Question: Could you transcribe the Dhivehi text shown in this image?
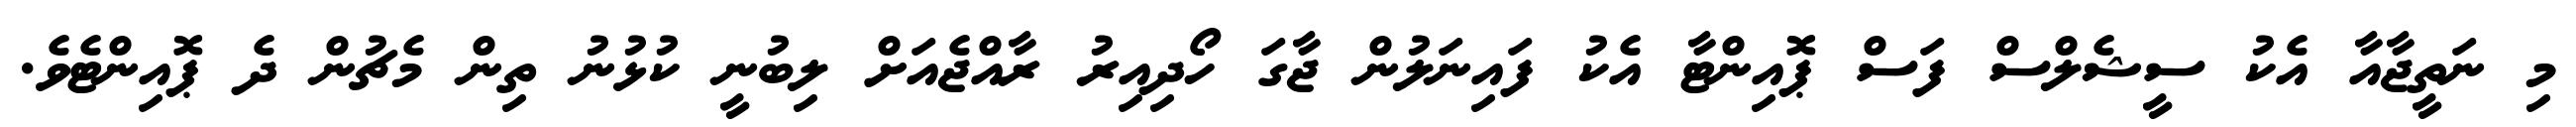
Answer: މި ނަތީޖާއާ އެކު ސީޝެލްސް ފަސް ޕޮއިންޓާ އެކު ފައިނަލުން ޖާގަ ހޯދިއިރު ރާއްޖެއަށް ލިބުނީ ކުޅުނު ތިން މެޗުން ދެ ޕޮއިންޓެވެ.